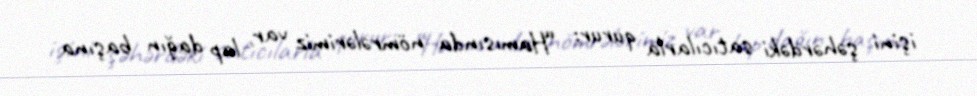
işini şəhərdəki satıcılarla qurur: “Hamısında nömrələrimiz var, lap dağın başına